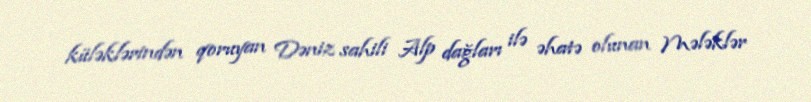
küləklərindən qoruyan Dəniz sahili Alp dağları ilə əhatə olunan Mələklər